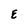
Character: E